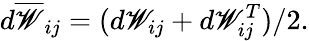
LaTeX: d\overline{{\mathscr{W}}}_{ij}=(d\mathscr{W}_{ij}+d\mathscr{W}_{ij}^{T})/2.